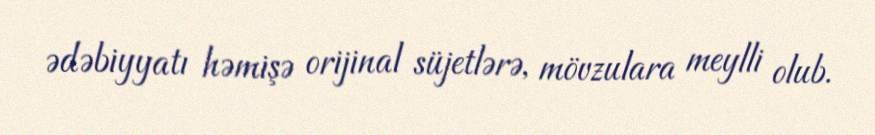
ədəbiyyatı həmişə orijinal süjetlərə, mövzulara meylli olub.